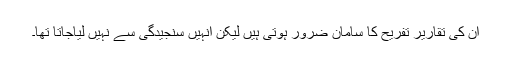
ان کی تقاریر تفریح کا سامان ضرور ہوتی ہیں لیکن انہیں سنجیدگی سے نہیں لیاجاتا تھا۔